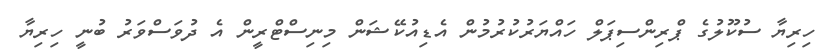
ހިރިޔާ ސުކޫލުގެ ޕްރިންސިޕަލް ހައްޔަރުކުރުމުން އެޑިއުކޭޝަން މިނިސްޓްރީން އެ ދުވަސްވަރު ބުނީ ހިރިޔާ